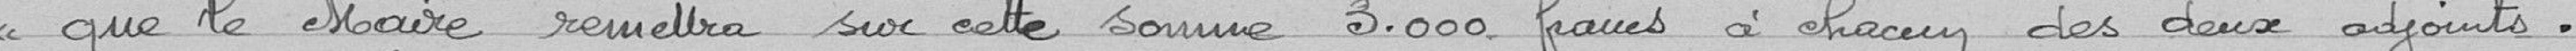
que le Maire remettra sur cette somme 3000 francs à chacun des deux adjoints.